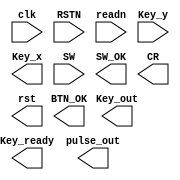
`timescale 1ns / 1ps
//////////////////////////////////////////////////////////////////////////////////
// Company: 
// Engineer: 
// 
// Design Name: 
// Module Name:    Anti_jitter 
// Project Name: 
// Target Devices: 
// Tool versions: 
// Description: 
//
// Dependencies: 
//
// Revision: 
// Revision 0.01 - File Created
// Additional Comments: 
//
//////////////////////////////////////////////////////////////////////////////////
module SAnti_jitter(input wire clk, 
								 input wire RSTN,
								 input wire readn,
								 input wire [3:0]Key_y,
								 output reg[4:0] Key_x,
								 input wire[15:0]SW, 
								 output reg[4:0] Key_out,
								 output reg      Key_ready,
								 output reg[3:0] pulse_out,
								 output reg[3:0] BTN_OK,
								 output reg[15:0]SW_OK,
								 output reg 	  CR,
								 output reg 	  rst
								);
	 
endmodule